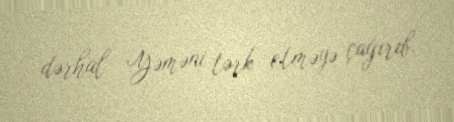
dərhal Yəməni tərk etməyə çağırıb.